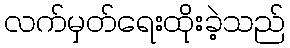
လက်မှတ်ရေးထိုးခဲ့သည်